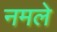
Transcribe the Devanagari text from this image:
नमले